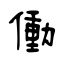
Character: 働